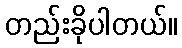
တည်းခိုပါတယ်။